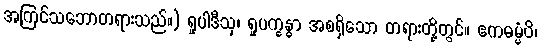
အကြင်သဘောတရားသည်။) ရူပါဒီသု၊ ရူပက္ခန္ဓာ အစရှိသော တရားတို့တွင်။ ဧကဓမ္မံပိ၊